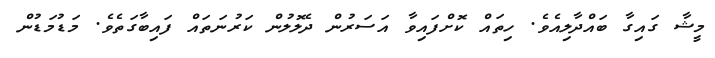
މީޝާ ގައިގާ ބައްދާލިއެވެ. ހިތައް ކޮށްފައިވާ އަސަރުން ދެލޮލުން ކަރުނަތައް ފައިބާގަތެވެ. މަޑުމަޑުން